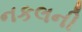
નકલની